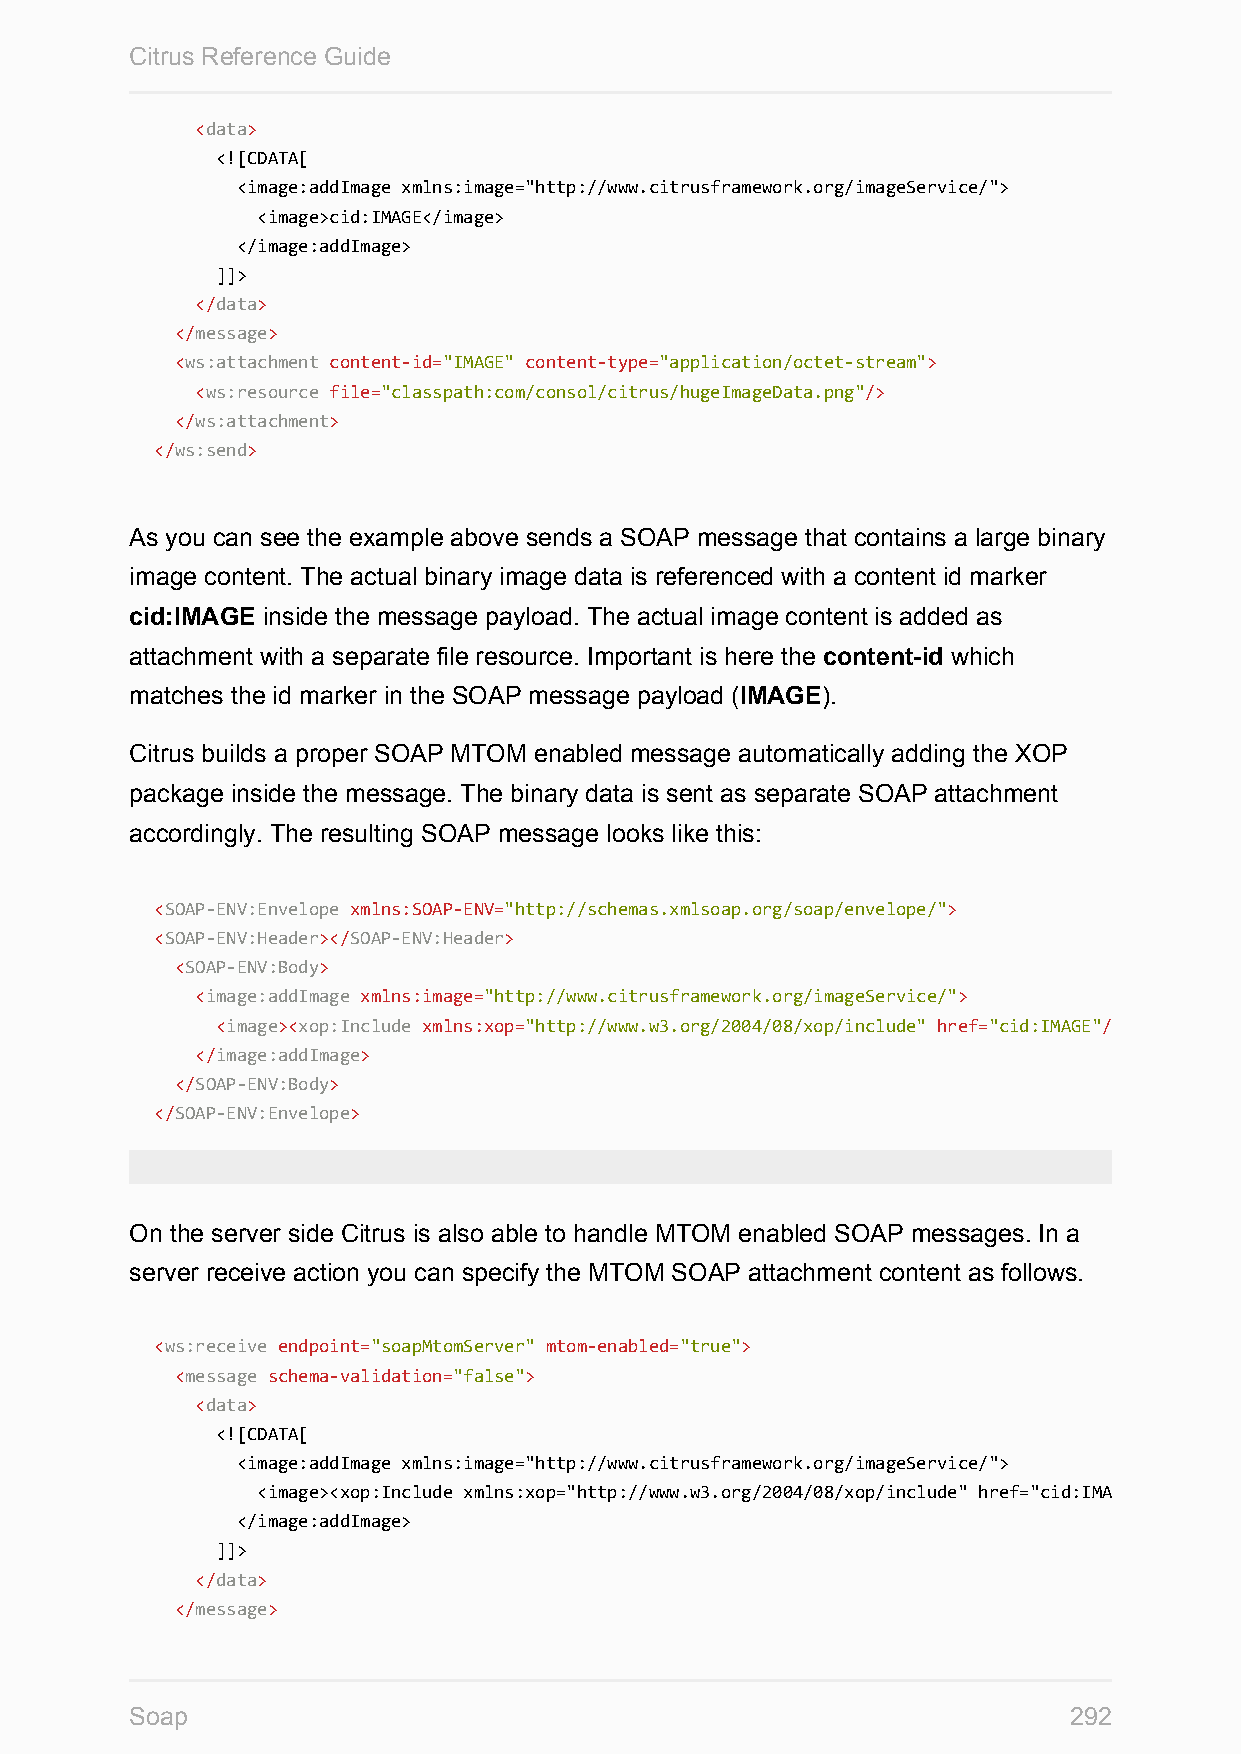
Citrus Reference Guide
 <data>
 <![CDATA[
 <image:addImage xmlns:image="http://www.citrusframework.org/imageService/">
 cid:IMAGE
 </image:addImage>
 ]]>
 </data>
 </message>
 <ws:attachment content-id="IMAGE" content-type="application/octet-stream">
 <ws:resource file="classpath:com/consol/citrus/hugeImageData.png"/>
 </ws:attachment>
 </ws:send>
 As you can see the example above sends a SOAP message that contains a large binary
 image content. The actual binary image data is referenced with a content id marker
 cid:IMAGE inside the message payload. The actual image content is added as
 attachment with a separate file resource. Important is here the content-id which
 matches the id marker in the SOAP message payload (IMAGE).
 Citrus builds a proper SOAP MTOM enabled message automatically adding the XOP
 package inside the message. The binary data is sent as separate SOAP attachment
 accordingly. The resulting SOAP message looks like this:
 <SOAP-ENV:Envelope xmlns:SOAP-ENV="http://schemas.xmlsoap.org/soap/envelope/">
 <SOAP-ENV:Header></SOAP-ENV:Header>
 <SOAP-ENV:Body>
 <image:addImage xmlns:image="http://www.citrusframework.org/imageService/">
 <xop:Include xmlns:xop="http://www.w3.org/2004/08/xop/include" href="cid:IMAGE"/>
 </image:addImage>
 </SOAP-ENV:Body>
 </SOAP-ENV:Envelope>
 On the server side Citrus is also able to handle MTOM enabled SOAP messages. In a
 server receive action you can specify the MTOM SOAP attachment content as follows.
 <ws:receive endpoint="soapMtomServer" mtom-enabled="true">
 <message schema-validation="false">
 <data>
 <![CDATA[
 <image:addImage xmlns:image="http://www.citrusframework.org/imageService/">
 <xop:Include xmlns:xop="http://www.w3.org/2004/08/xop/include" href="cid:IMAGE"/>
 </image:addImage>
 ]]>
 </data>
 </message>
 Soap                                                          292